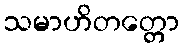
သမာဟိတတ္တော